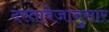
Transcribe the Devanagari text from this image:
दस्तावेजांनुसार